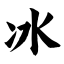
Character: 冰